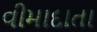
વીમાદાતા